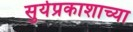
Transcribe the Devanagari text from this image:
सुर्यप्रकाशाच्या